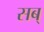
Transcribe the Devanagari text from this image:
सब्